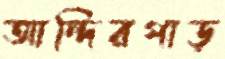
আন্দিরপাড়